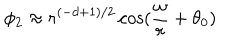
\phi _ { 2 } \approx r ^ { ( - d + 1 ) / 2 } \cos ( \frac { \omega } { r } + \theta _ { 0 } )